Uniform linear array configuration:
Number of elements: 64
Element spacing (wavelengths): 0.25
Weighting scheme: uniform
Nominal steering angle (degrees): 30
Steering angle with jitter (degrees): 28.415
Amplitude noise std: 0.05
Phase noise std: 0.05

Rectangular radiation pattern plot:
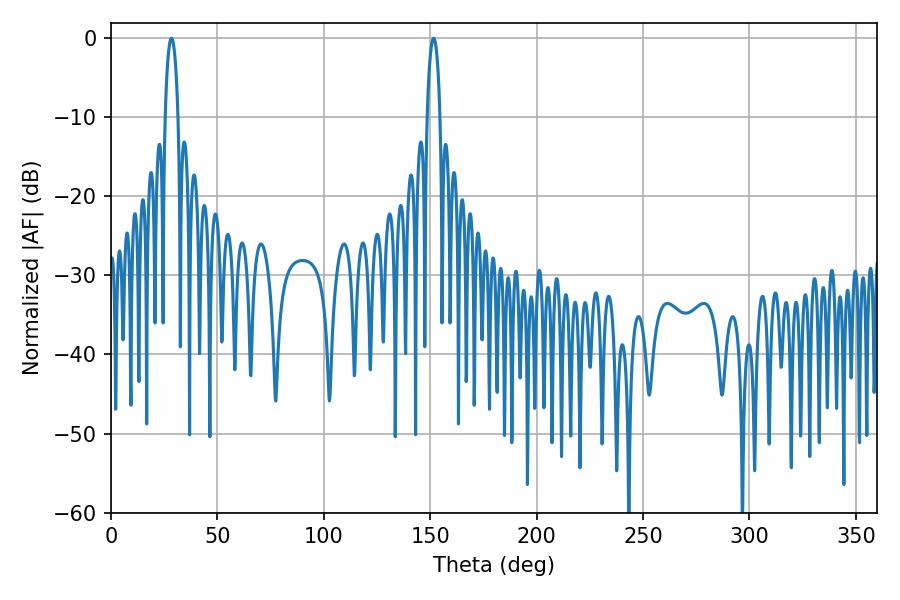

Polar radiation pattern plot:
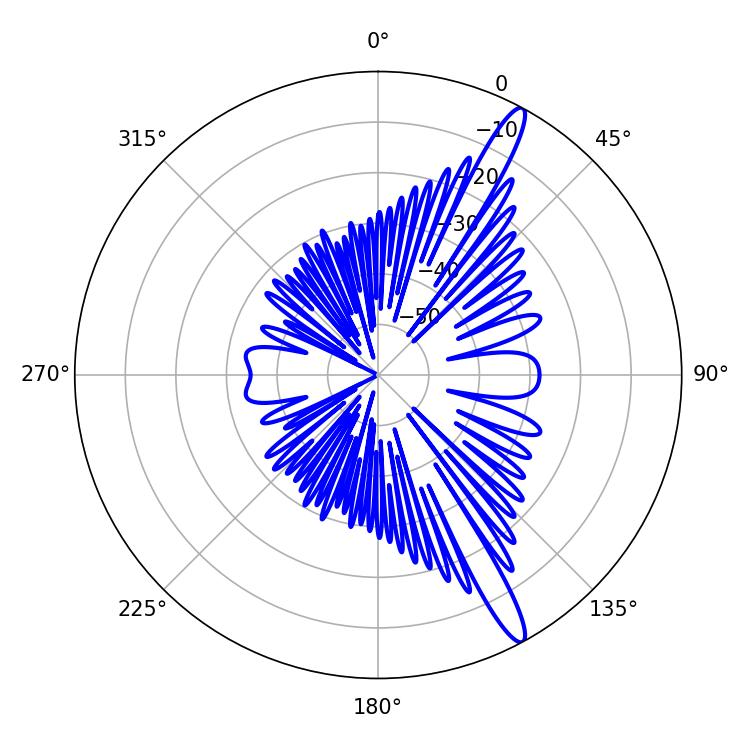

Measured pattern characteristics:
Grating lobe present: FALSE
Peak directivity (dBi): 14.708
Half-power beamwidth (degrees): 3.42
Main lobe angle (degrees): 28.44